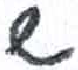
אות: ש